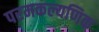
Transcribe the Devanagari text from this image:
परमकल्यणिक